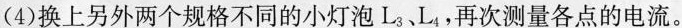
(4)换上另外两个规格不同的小灯泡L_{3}、L_{4}再次测量各点的电流。